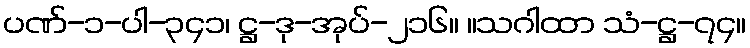
ပဏ်-၁-ပါ-၃၄၁၊ ဋ္ဌ-ဒု-အုပ်-၂၁၆။ ။သဂါထာ သံ-ဋ္ဌ-၇၄။